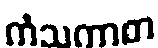
ကံသကာစာ